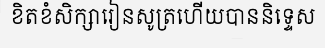
ខិតខំសិក្សារៀនសូត្រហើយបាននិទ្ទេស